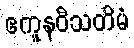
ဧကူနဝီသတိမံ